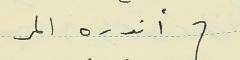
(أندره المر